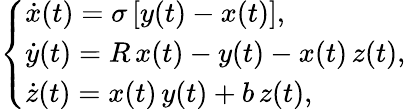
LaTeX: \left\{ \begin{array}{l}{\dot{x}(t)=\sigma\, [y(t)-x(t)],}\\ {\dot{y}(t)=R\, x(t)-y(t)-x(t)\, z(t),}\\ {\dot{z}(t)=x(t)\, y(t)+b\, z(t),}\end{array}\right.